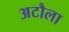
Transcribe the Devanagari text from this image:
अटौला